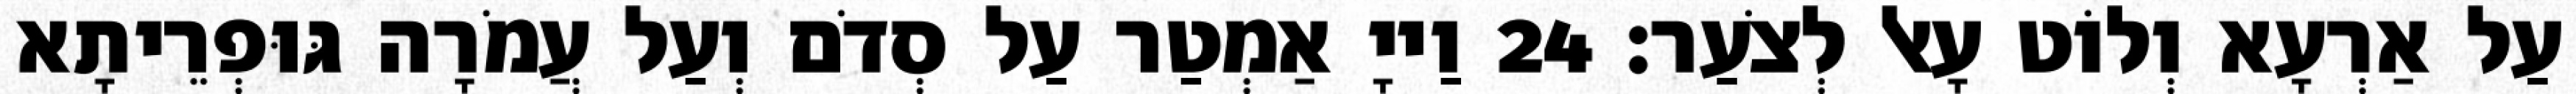
עַל אַרְעָא וְלוֹט עָאל לְצֹעַר׃ 24 וַייָ אַמְטַר עַל סְדֹם וְעַל עֲמֹרָה גּוּפְרֵיתָא